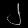
Digit: ၂